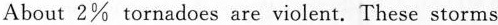
About 2% tornadoes are violent.These storms